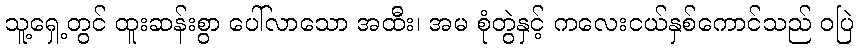
သူ့ရှေ့တွင် ထူးဆန်းစွာ ပေါ်လာသော အထီး၊ အမ စုံတွဲနှင့် ကလေးငယ်နှစ်ကောင်သည် ဝပြဲ